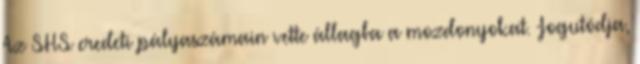
Az SHS eredeti pályaszámain vette állagba a mozdonyokat. Jogutódja,